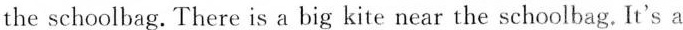
the schoolbag. There is a big kite near the schoolbag. It's a